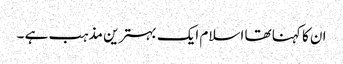
ان کا کہنا تھا اسلام ایک بہترین مذہب ہے ۔